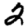
Digit: 2